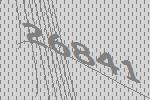
26841